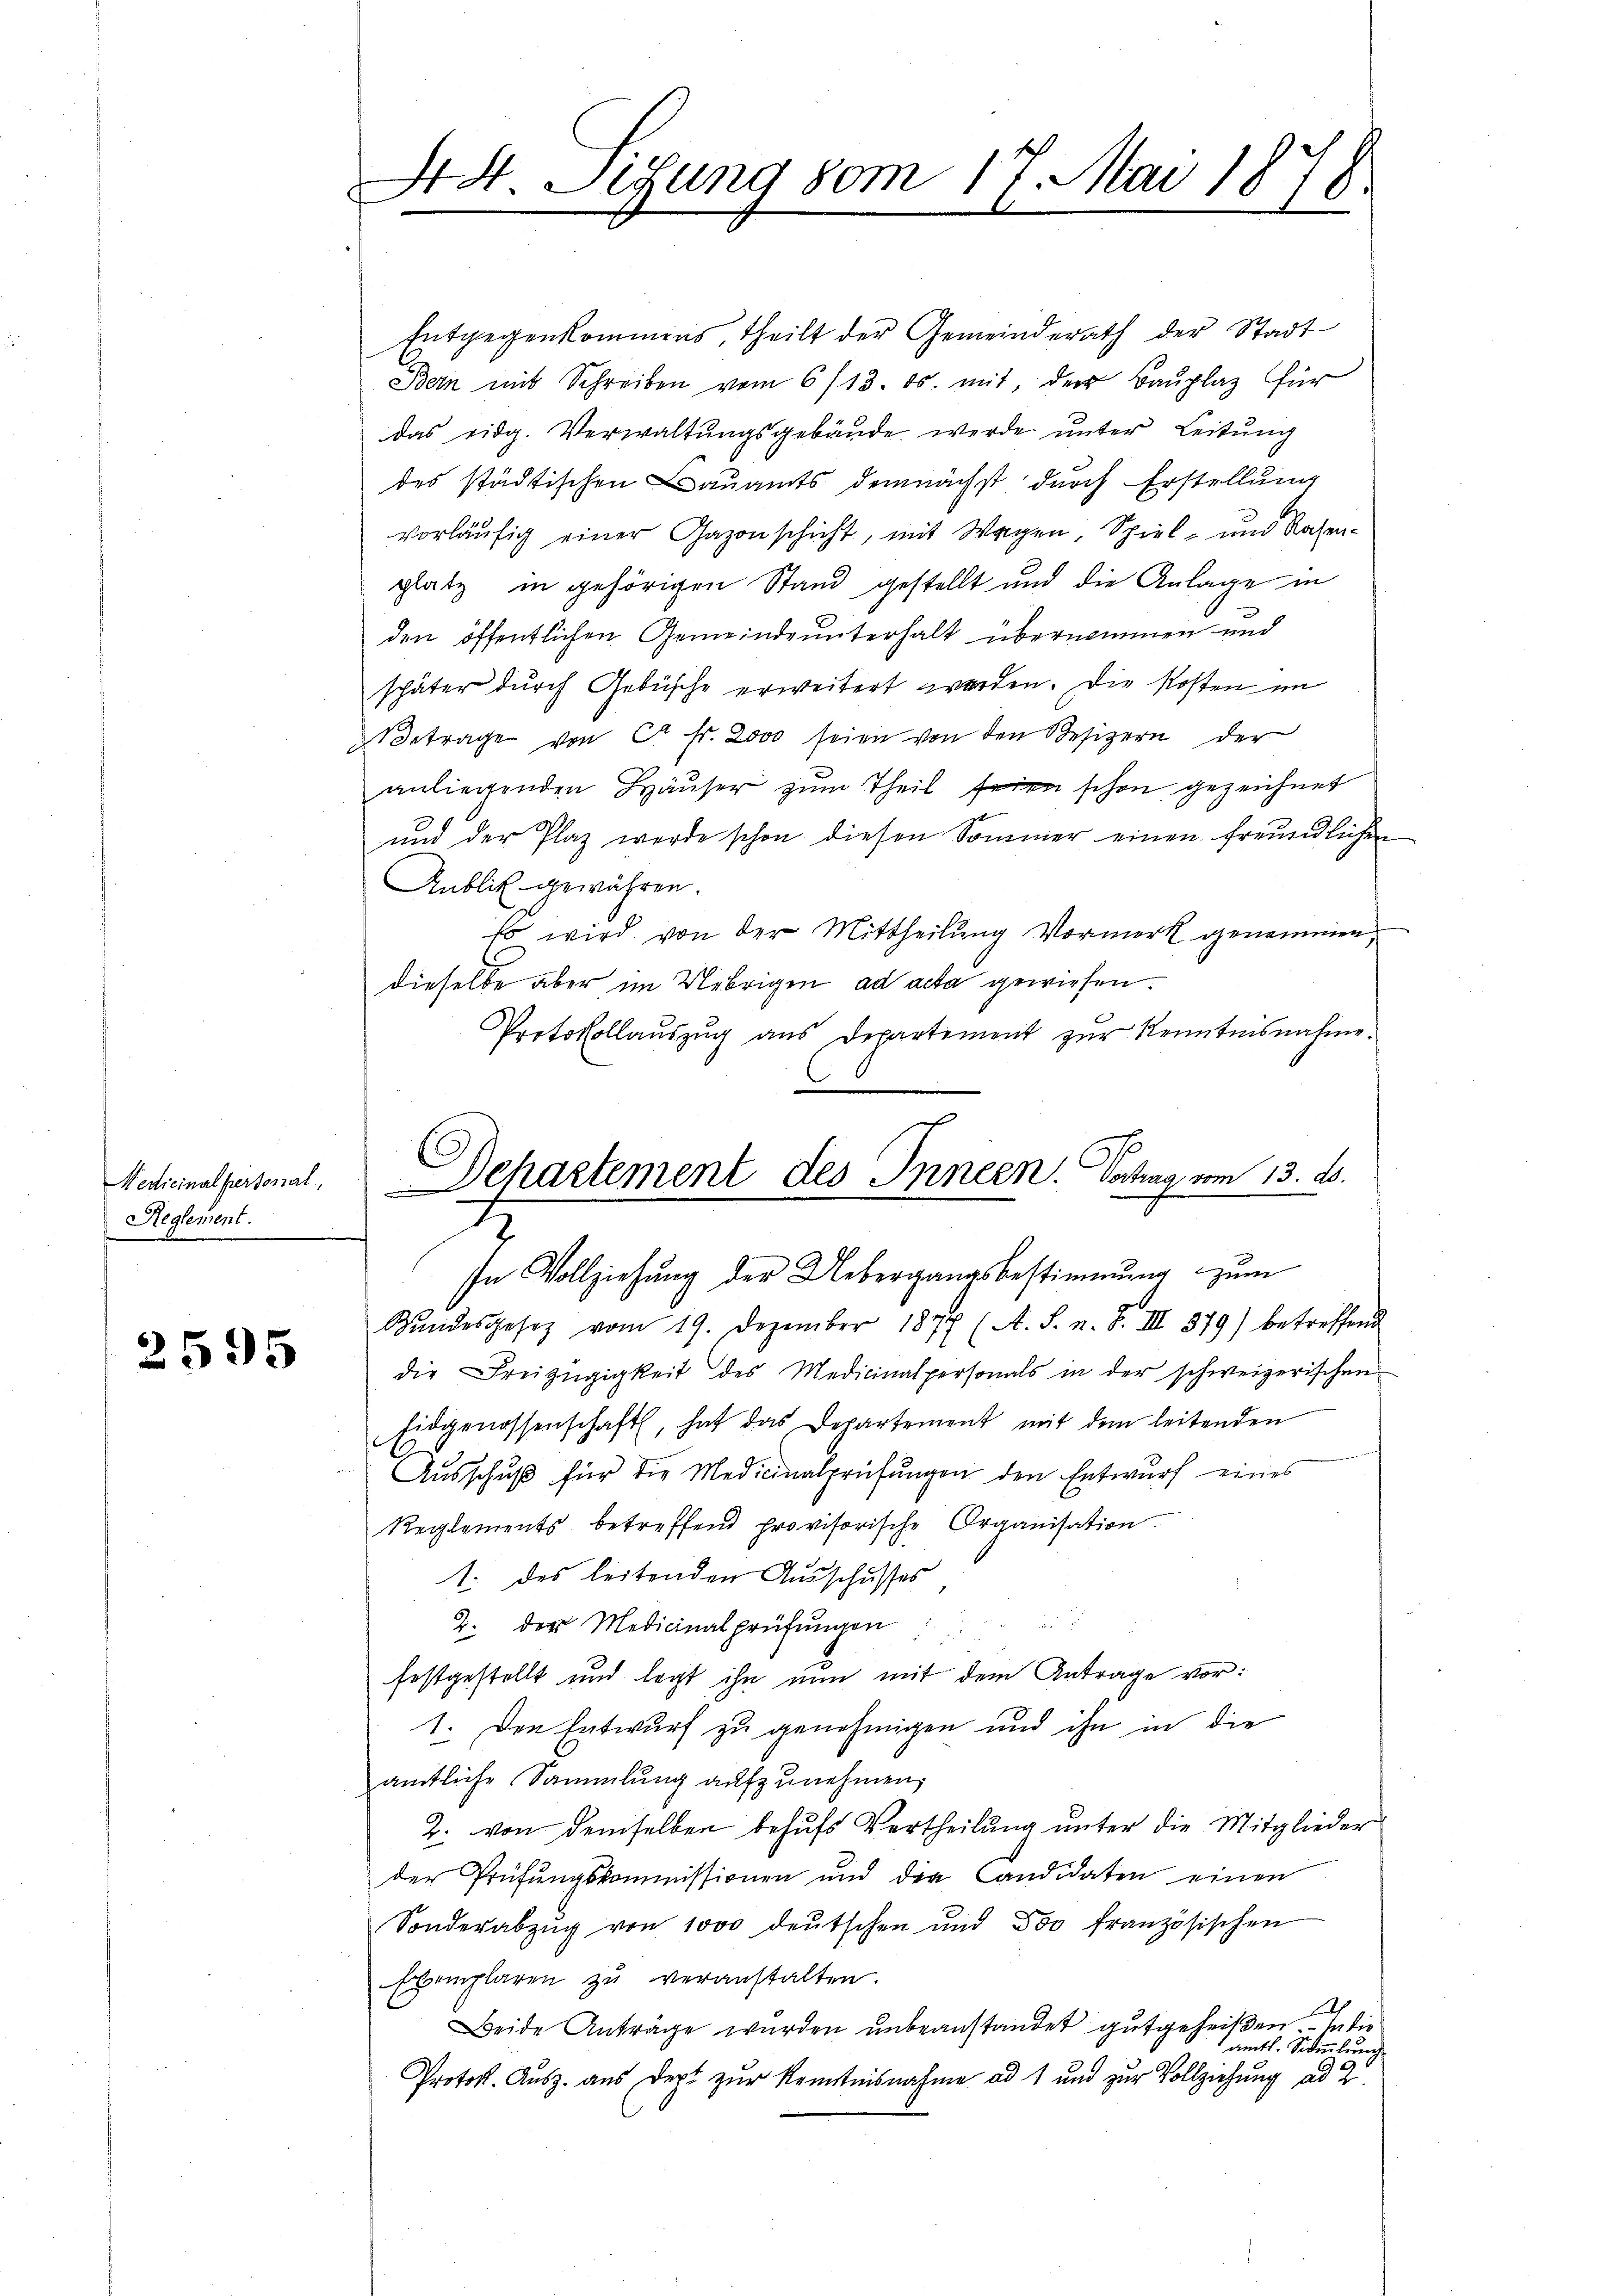
Medicinalpersonal,
Reglement.

2595

AH. Sitzung vom 17. Mai 1878.

Entgegenkommens, theilt der Gemeinderath der Stadt
Bern mit Schreiben vom 6/13. ds. mit, der Bauplaz für
das eidg. Verwaltŭngsgebäŭde werde ŭnter Leitŭng
des städtischen Bauamts demnächst durch Erstellung
vorläŭfig einer Gazonschicht, mit Wagen, Spiel- und Rachen-
platz in gehörigen Stand gestellt und die Anlage in
den öffentlichen Gemeinde unterhalt übernommen und
später durch Gebüsche erweitert werden. Die Kosten im
Betrage von ca Fr. 2000 seien von den Besizern der
anliegenden Häuser zum Theil seien schon gezeichnet
und der Plaz werde schon diesen Sommer einen freundlichen
Aublik gewähren.
so wird von der Mittheilŭng Vormerk genommen,
dieselbe aber im Uebrigen ad acta gewiesen.
Protokollaŭszŭg ans Departement zŭr Kenntnisnahme.
E
Departement des Innern. Dahing vom 13. ds.

In Vollziehung der Uebergangsbestimmung zum
0
Bŭndesgesetz vom 19. Dezember 1877 (A. S. n. F. III 379) betreffend

die Freizügigkeit des Medicinalpersonals in der schweizerischen
Eidgenossenschaft, hat das Departement mit dem leitenden
Ausschuß für die Medicinalprüfungen den Entwurf eines
Reglements betreffend provisorische Organisation
1. des leitenden Ausschusses
2. der Medicinalprüfŭngen
festgestellt und legt ihn nun mit dem Antrage vor:
1. Den Entwurf zu genehmigen und ihn in die
amtliche Sammlung aufzunehmen,
2. von demselben behufs Vertheilŭng ŭnter die Mitglieder
der Prüfŭngskommissionen und der Candidaten einen
Sonderabzŭg von 1000 deŭtschen und Doo französischen
Ebemplaren zŭ veranstalten.
Ah
Beide Anträge wurden unbeanstandet gutgeheißen. — In die
amtl. Sammlung
Protok. Ausz. aus Dept zur Kenntnisnahme ad 1 und zur Vollziehung ad 2.